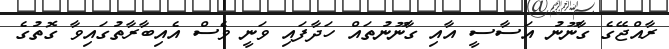
ރާއްޖޭގެ ގާނޫނު އަސާސީ އާއި ގާނޫނުތައް ހަދާފައި ވަނީ ވެސް އެއިބާރާތުގައިވާ ގޮތުގެ